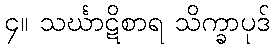
၄။ သင်္ဃာဋိစာရ သိက္ခာပုဒ်